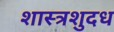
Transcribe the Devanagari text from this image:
शास्त्रशुदध